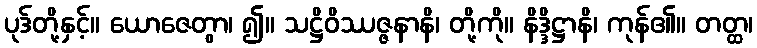
ပုဒ်တို့နှင့်။ ယောဇေတွာ၊ ၍။ သဋ္ဌိဝိဿဇ္ဇနာနိ၊ တို့ကို။ နိဒ္ဒိဋ္ဌာနိ၊ ကုန်၏။ တတ္ထ၊